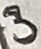
Text: 3